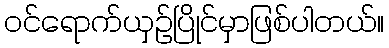
ဝင်ရောက်ယှဉ်ပြိုင်မှာဖြစ်ပါတယ်။